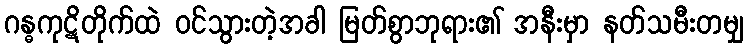
ဂန္ဓကုဋိတိုက်ထဲ ဝင်သွားတဲ့အခါ မြတ်စွာဘုရား၏ အနီးမှာ နတ်သမီးတမျှ